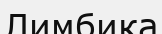
Лимбика